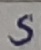
Text: S